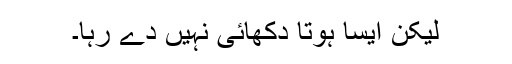
لیکن ایسا ہوتا دکھائی نہیں دے رہا۔